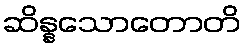
ဆိန္နသောတောတိ